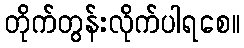
တိုက်တွန်းလိုက်ပါရစေ။